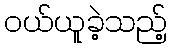
ဝယ်ယူခဲ့သည့်